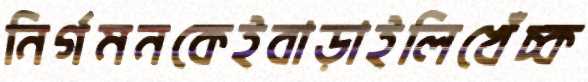
নির্গমনকেইবাড়াইলিখেঁচ্‌ক